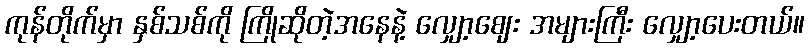
ကုန်တိုက်မှာ နှစ်သစ်ကို ကြိုဆိုတဲ့အနေနဲ့ လျှော့ဈေး အများကြီး လျှော့ပေးတယ်။